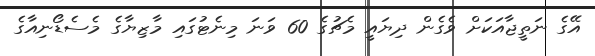
އޭގެ ނަތީޖާއަކަށް ވެގެން ދިޔައީ މެޗުގެ 60 ވަނަ މިނެޓުގައި މާޒިޔާގެ މެސެޑޯނިއާގެ